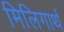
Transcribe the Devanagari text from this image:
मिलिगार्थ